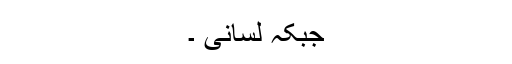
جبکہ لسّانی ۔